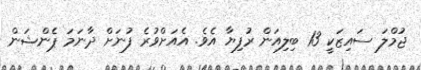
ޖުމްލަ ސައިޒަކީ 13 ބިލިއަން ރުފިޔާ އެވެ. އެއަށްވުރެ ފުނަށް ދާނަމަ ޕެންޝަން